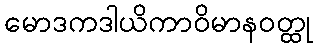
မောဒကဒါယိကာဝိမာနဝတ္ထု